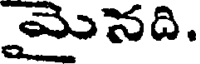
మైనది.